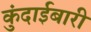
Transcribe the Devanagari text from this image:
कुंदाईबारी